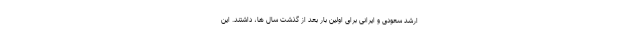
ارشد سعودی و ایرانی برای اولین بار بعد از گذشت سال ها، داشتند. این